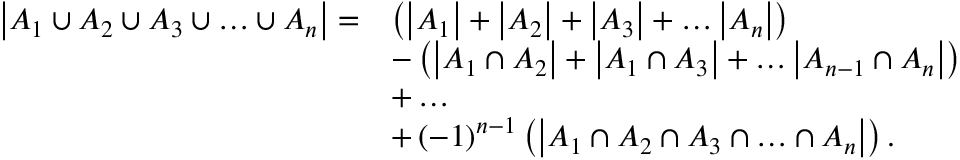
{ \begin{array} { r l } { \left| A _ { 1 } \cup A _ { 2 } \cup A _ { 3 } \cup \ldots \cup A _ { n } \right| = } & { \left( \left| A _ { 1 } \right| + \left| A _ { 2 } \right| + \left| A _ { 3 } \right| + \ldots \left| A _ { n } \right| \right) } \\ & { - \left( \left| A _ { 1 } \cap A _ { 2 } \right| + \left| A _ { 1 } \cap A _ { 3 } \right| + \ldots \left| A _ { n - 1 } \cap A _ { n } \right| \right) } \\ & { + \ldots } \\ & { + \left( - 1 \right) ^ { n - 1 } \left( \left| A _ { 1 } \cap A _ { 2 } \cap A _ { 3 } \cap \ldots \cap A _ { n } \right| \right) . } \end{array} }